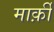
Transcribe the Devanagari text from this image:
मार्क़ी